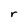
Character: r